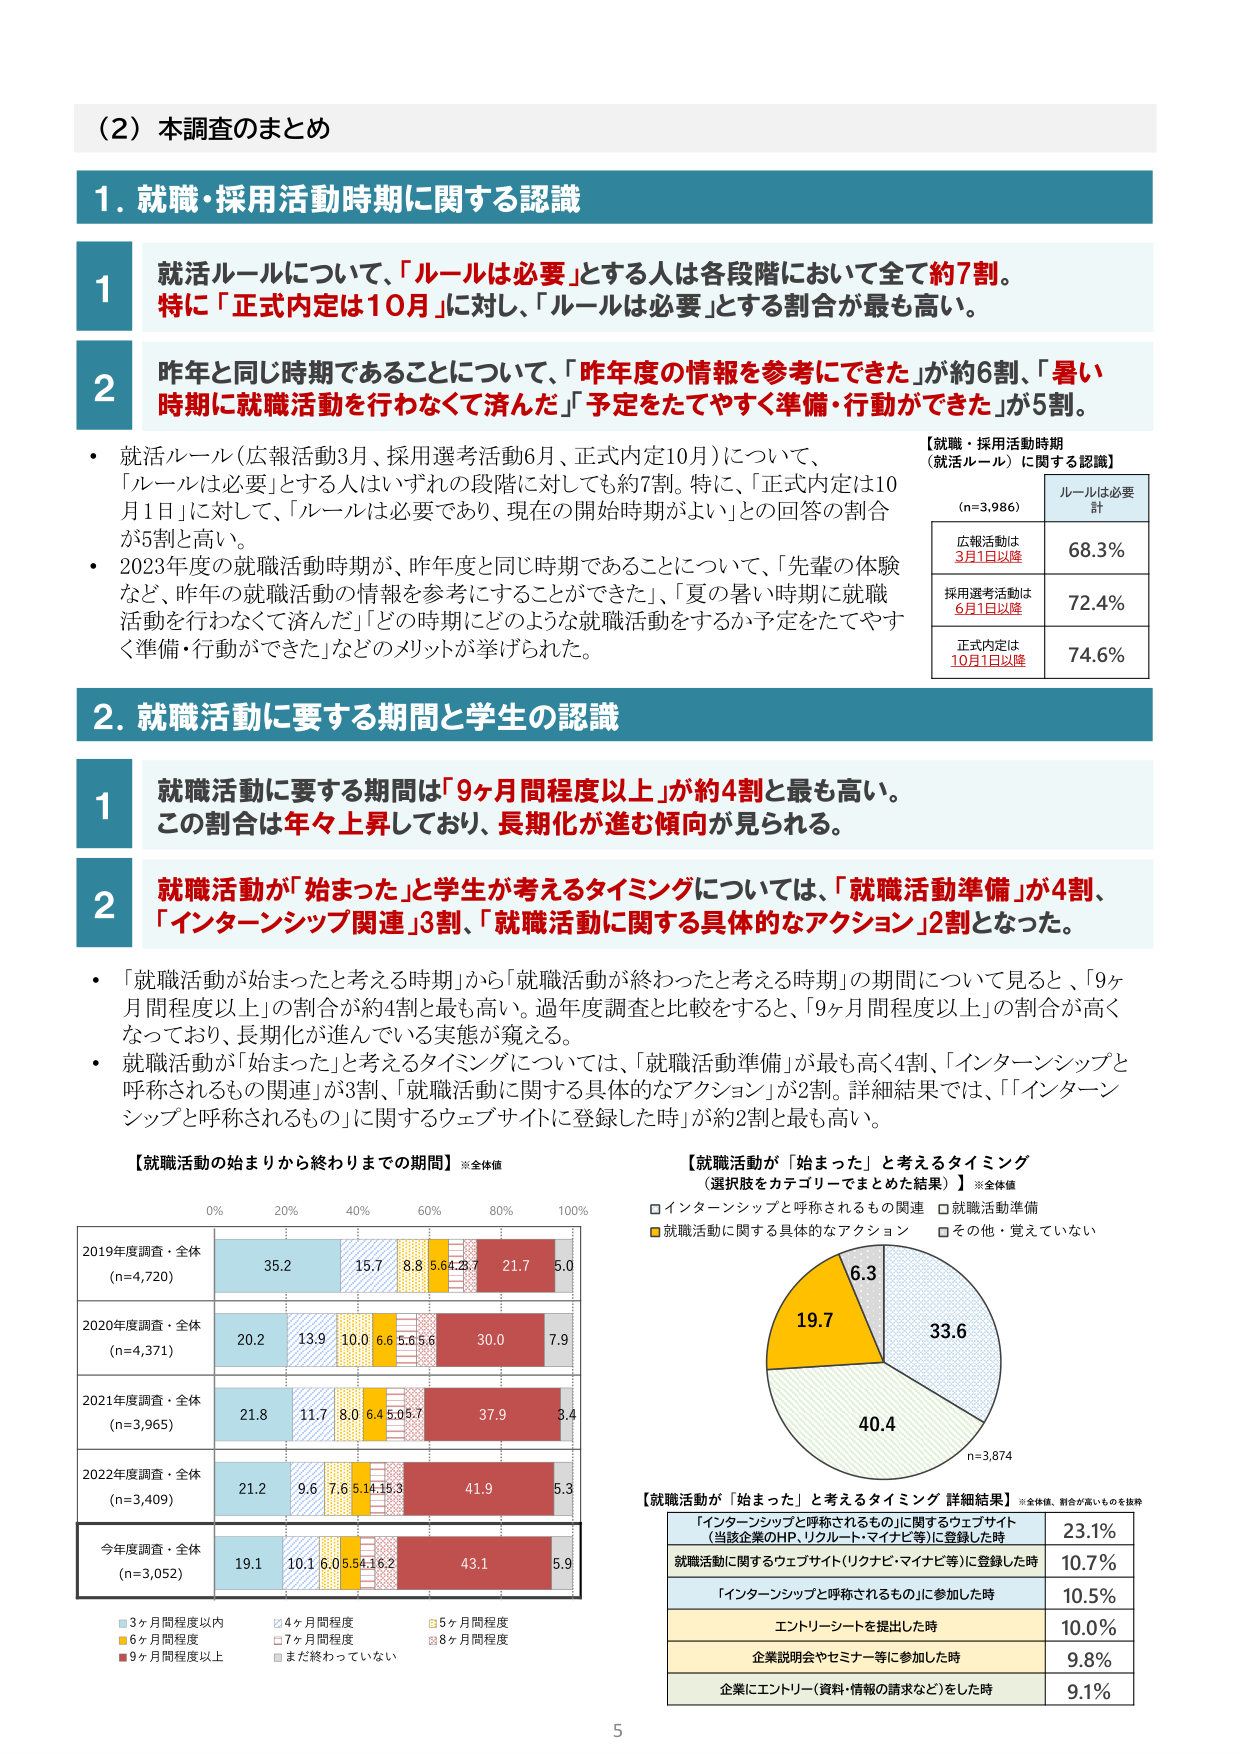
（2）本調査のまとめ

1. 就職・採用活動時期に関する認識

1 就活ルールについて、「ルールは必要」とする人は各段階において全て約7割。特に「正式内定は10月」に対し、「ルールは必要」とする割合が最も高い。

2 昨年と同じ時期であることについて、「昨年度の情報を参考にできた」が約6割、「暑い時期に就職活動を行わなくて済んだ」「予定をたてやすく準備・行動ができた」が5割。

・ 就活ルール（広報活動3月、採用選考活動6月、正式内定10月）について、「ルールは必要」とする人はいずれの段階に対しても約7割。特に、「正式内定は10月1日」に対して、「ルールは必要であり、現在の開始時期がよい」との回答の割合が5割と高い。
・ 2023年度の就職活動時期が、昨年度と同じ時期であることについて、「先輩の体験など、昨年の就職活動の情報を参考にすることができた」「夏の暑い時期に就職活動を行わなくて済んだ」「どの時期にどのような就職活動をするか予定をたてやすく準備・行動ができた」などのメリットが挙げられた。

【就職・採用活動時期（就活ルール）に関する認識】
(n=3,986)
ルールは必要 計
広報活動は3月1日以降 68.3%
採用選考活動は6月1日以降 72.4%
正式内定は10月1日以降 74.6%

2. 就職活動に要する期間と学生の認識

1 就職活動に要する期間は「9ヶ月間程度以上」が約4割と最も高い。この割合は年々上昇しており、長期化が進む傾向が見られる。

2 就職活動が「始まった」と学生が考えるタイミングについては、「就職活動準備」が4割、「インターンシップ関連」3割、「就職活動に関する具体的なアクション」2割となった。

・ 「就職活動が始まったと考える時期」から「就職活動が終わったと考える時期」の期間について見ると、「9ヶ月間程度以上」の割合が約4割と最も高い。過年度調査と比較をすると、「9ヶ月間程度以上」の割合が高くなっており、長期化が進んでいる実態が窺える。
・ 就職活動が「始まった」と考えるタイミングについては、「就職活動準備」が最も高く4割、「インターンシップと呼称されるもの関連」が3割、「就職活動に関する具体的なアクション」が2割。詳細結果では、「『インターンシップと呼称されるもの』に関するウェブサイトに登録した時」が約2割と最も高い。

【就職活動の始まりから終わりまでの期間】※全体値
0% 20% 40% 60% 80% 100%
2019年度調査・全体 (n=4,720) 35.2 15.7 8.8 5.6 4.2 3.7 21.7 5.0
2020年度調査・全体 (n=4,371) 20.2 13.9 10.0 6.6 5.6 5.6 30.0 7.9
2021年度調査・全体 (n=3,965) 21.8 11.7 8.0 6.4 5.0 5.7 37.9 3.4
2022年度調査・全体 (n=3,409) 21.2 9.6 7.6 5.1 4.1 5.3 41.9 5.3
今年度調査・全体 (n=3,052) 19.1 10.1 6.0 5.5 4.1 6.2 43.1 5.9

■3ヶ月間程度以内 ■4ヶ月間程度 ■5ヶ月間程度
■6ヶ月間程度 ■7ヶ月間程度 ■8ヶ月間程度
■9ヶ月間程度以上 ■まだ終わっていない

【就職活動が「始まった」と考えるタイミング（選択肢をカテゴリーでまとめた結果）】※全体値
□インターンシップと呼称されるもの関連 □就職活動準備
■就職活動に関する具体的なアクション □その他・覚えていない
6.3
19.7
40.4
33.6
n=3,874

【就職活動が「始まった」と考えるタイミング 詳細結果】※全体値、割合が高いものを抜粋
「インターンシップと呼称されるもの」に関するウェブサイト（当該企業のHP、リクルート・マイナビ等）に登録した時 23.1%
就職活動に関するウェブサイト（リクナビ・マイナビ等）に登録した時 10.7%
「インターンシップと呼称されるもの」に参加した時 10.5%
エントリーシートを提出した時 10.0%
企業説明会やセミナー等に参加した時 9.8%
企業にエントリー（資料・情報の請求など）をした時 9.1%

5